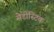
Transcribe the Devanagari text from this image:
सेडीस्टिक